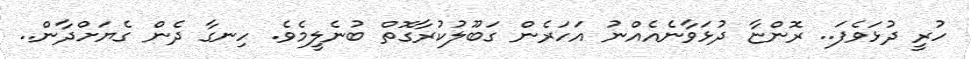
ހުރީ ދުޅަވެފަ.. ރޮންޏާ ދުޅަވާނެއެއްނު އަހަރެން ގަބޫލުކުރާގޮތް ބުނެލީމެވެ. ހިނގާ ދެން ގެޔަށްދާން..